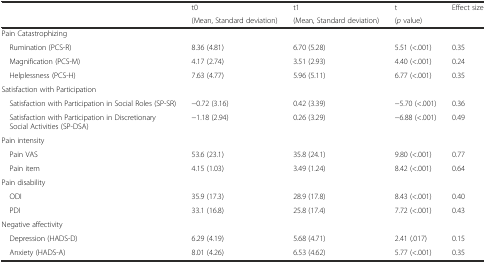
| <ROWSPAN=2>  | t0 | t1 | t | <ROWSPAN=2> Effect size |
 | (Mean, Standard deviation) | (Mean, Standard deviation) | (p value) |
 | --- | --- | --- | --- | --- |
 | Pain Catastrophizing |  |  |  |  |
 | Rumination (PCS-R) | 8.36 (4.81) | 6.70 (5.28) | 5.51 (<.001) | 0.35 |
 | Magnification (PCS-M) | 4.17 (2.74) | 3.51 (2.93) | 4.40 (<.001) | 0.24 |
 | Helplessness (PCS-H) | 7.63 (4.77) | 5.96 (5.11) | 6.77 (<.001) | 0.35 |
 | Satisfaction with Participation |  |  |  |  |
 | Satisfaction with Participation in Social Roles (SP-SR) | −0.72 (3.16) | 0.42 (3.39) | −5.70 (<.001) | 0.36 |
 | Satisfaction with Participation in Discretionary Social Activities (SP-DSA) | −1.18 (2.94) | 0.26 (3.29) | −6.88 (<.001) | 0.49 |
 | Pain intensity |  |  |  |  |
 | Pain VAS | 53.6 (23.1) | 35.8 (24.1) | 9.80 (<.001) | 0.77 |
 | Pain item | 4.15 (1.03) | 3.49 (1.24) | 8.42 (<.001) | 0.64 |
 | Pain disability |  |  |  |  |
 | ODI | 35.9 (17.3) | 28.9 (17.8) | 8.43 (<.001) | 0.40 |
 | PDI | 33.1 (16.8) | 25.8 (17.4) | 7.72 (<.001) | 0.43 |
 | Negative affectivity |  |  |  |  |
 | Depression (HADS-D) | 6.29 (4.19) | 5.68 (4.71) | 2.41 (.017) | 0.15 |
 | Anxiety (HADS-A) | 8.01 (4.26) | 6.53 (4.62) | 5.77 (<.001) | 0.35 |